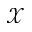
\mathcal X